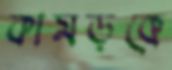
কামড়কে